Lunatic asylums United Prov. 1922-30 - 1922-1930
Year: 1922
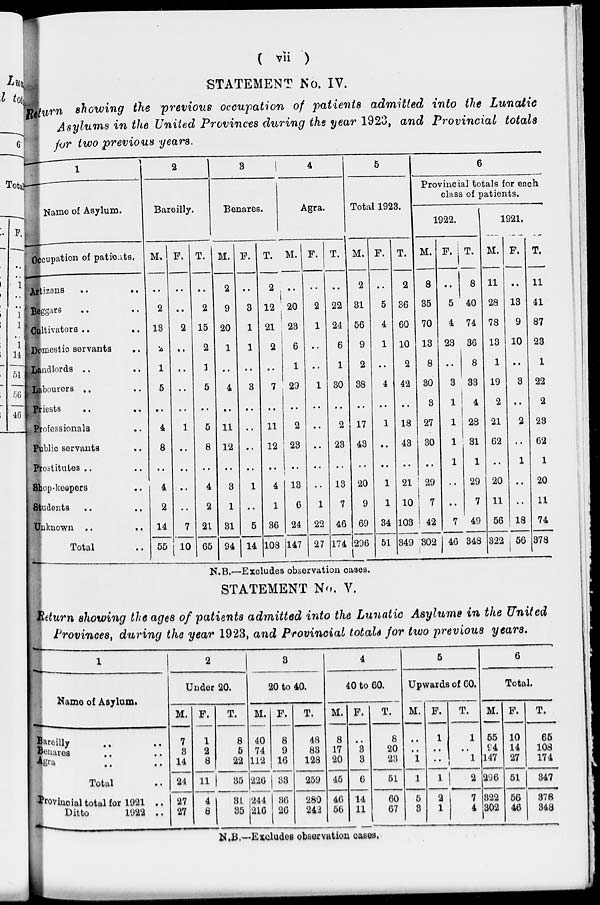
( vii )
STATEMENT No. IV.
Return showing the previous occupation of patients admitted into the Lunatic
Asylums in the United Provinces during the year 1923, and Provincial totals
for two previous years.
1
Name of Asylum.
Occupation of patients.
Artizans .. ..
Beggars .. ..
Cultivators ..
..
Domestic servants ..
Landlords ..
Labourers .. ..
Priests .. ..
Professionals ..
Public servants
..
Prostitutes .. ..
Shop-keepers ..
Students .. ..
Unknown .. ..
Total ..
2
Bareilly.
M.
..
2
13
2
1
5
..
4
8
..
4
2
14
55
F.
..
..
2
..
..
..
..
1
..
..
..
..
7
10
T.
..
2
15
2
1
5
..
5
8
..
4
2
21
65
3
Benares.
M.
2
9
20
1
..
4
..
11
12
..
3
1
31
94
F.
..
3
1
1
..
3
..
..
..
..
1
..
5
14
T.
2
12
21
2
..
7
..
11
12
..
4
1
36
108
4
Agra.
M.
..
20
23
6
1
29
..
2
23
..
13
6
24
147
F.
..
2
1
..
..
1
..
..
..
..
..
1
22
27
T.
..
22
24
6
1
30
..
2
23
..
13
7
46
174
5
Total 1923.
M.
2
31
56
9
2
38
..
17
43
..
20
9
69
296
F.
..
5
4
1
..
4
..
1
..
..
1
1
34
51
T.
2
36
60
10
2
42
..
18
43
..
21
10
103
349
6
Provincial totals for each
class of patients.
1922.
M.
8
35
70
13
8
30
3
27
30
..
29
7
42
302
F.
..
5
4
23
..
3
1
1
1
1
..
..
7
46
T.
8
40
74
36
8
33
4
28
31
1
29
7
49
348
1921.
M.
11
28
78
13
1
19
2
21
62
..
20
11
56
322
F.
..
13
9
10
..
3
..
2
..
1
..
..
18
56
T.
11
41
87
23
1
22
2
23
62
1
20
11
74
378
N.B.—Excludes observation cases.
STATEMENT No. V.
Return showing the ages of patients admitted into the Lunatic Asylums in the United
Provinces, during the year 1923, and Provincial totals for two previous years.
1
Name of Asylum.
Bareilly .. ..
Benares .. ..
Agra .. ..
Total ..
Provincial total for 1921 ..
Ditto
1922 ..
2
Under 20.
M.
7
3
14
24
27
27
F.
1
2
8
11
4
8
T.
8
5
22
35
31
35
3
20 to 40.
M.
40
74
112
226
244
216
F.
8
9
16
33
36
26
T.
48
83
128
259
280
242
4
40 to 60.
M.
8
17
20
45
46
56
F.
..
3
3
6
14
11
T.
8
20
23
51
60
67
5
Upwards of 60.
M.
..
..
1
1
5
3
F.
1
..
..
1
2
1
T.
1
..
1
2
7
4
6
Total.
M.
55
94
147
296
322
302
F.
10
14
27
51
56
46
T.
65
108
174
347
378
348
N.B.—Excludes observation cases.